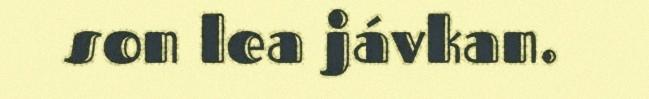
son lea jávkan.